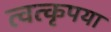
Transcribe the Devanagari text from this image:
त्वत्कृपया